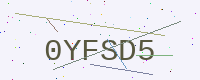
Text: 0YFSD5